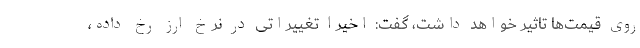
روی قیمت‌ها تاثیر خواهد داشت، گفت: اخیرا تغییراتی در نرخ ارز رخ داده،